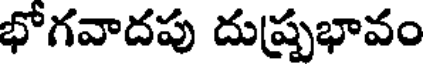
భోగవాదపు దుష్ప్రభావం